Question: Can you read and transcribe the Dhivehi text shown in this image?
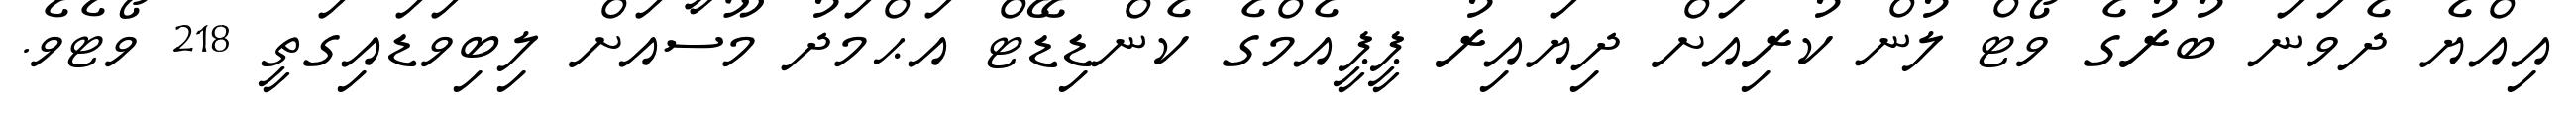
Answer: އިއްޔެ ދެވަނަ ބުރުގެ ވޯޓް ލުން ކުރިއަށް ދިޔައިރު ޕީޕީއެމްގެ ކެންޑިޑޭޓް އަޙްމަދު މޫސާއަށް ލިބިވަޑައިގަތީ 218 ވޯޓެވެ.